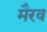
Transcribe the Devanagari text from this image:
मैरव